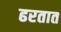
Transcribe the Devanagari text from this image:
ढरतात